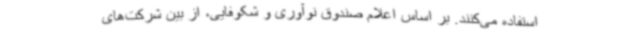
استفاده می‌کنند. بر اساس اعلام صندوق نوآوری و شکوفایی، از بین شرکت‌های